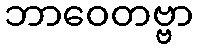
ဘာဝေတဗ္ဗာ